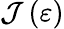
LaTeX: \mathcal{J}\left(\varepsilon\right)